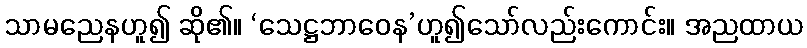
သာမညေနဟူ၍ ဆို၏။ ‘သေဋ္ဌဘာဝေန’ဟူ၍သော်လည်းကောင်း။ အညထာယ